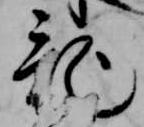
記